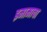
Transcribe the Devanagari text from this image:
इमामाचा